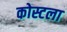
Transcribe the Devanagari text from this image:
कोस्टला